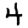
Digit: 4